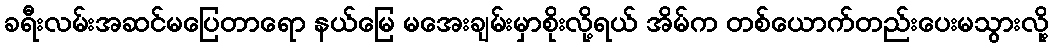
ခရီးလမ်းအဆင်မပြေတာရော နယ်မြေ မအေးချမ်းမှာစိုးလို့ရယ် အိမ်က တစ်ယောက်တည်းပေးမသွားလို့